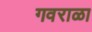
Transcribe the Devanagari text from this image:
गवराळा